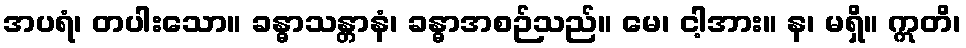
အပရံ၊ တပါးသော။ ခန္ဓာသန္တာနံ၊ ခန္ဓာအစဉ်သည်။ မေ၊ ငါ့အား။ န၊ မရှိ။ ဣတိ၊